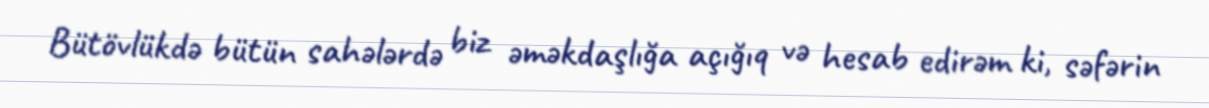
Bütövlükdə bütün sahələrdə biz əməkdaşlığa açığıq və hesab edirəm ki, səfərin